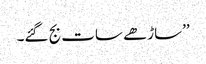
’’ساڑھے سات بج گئے۔